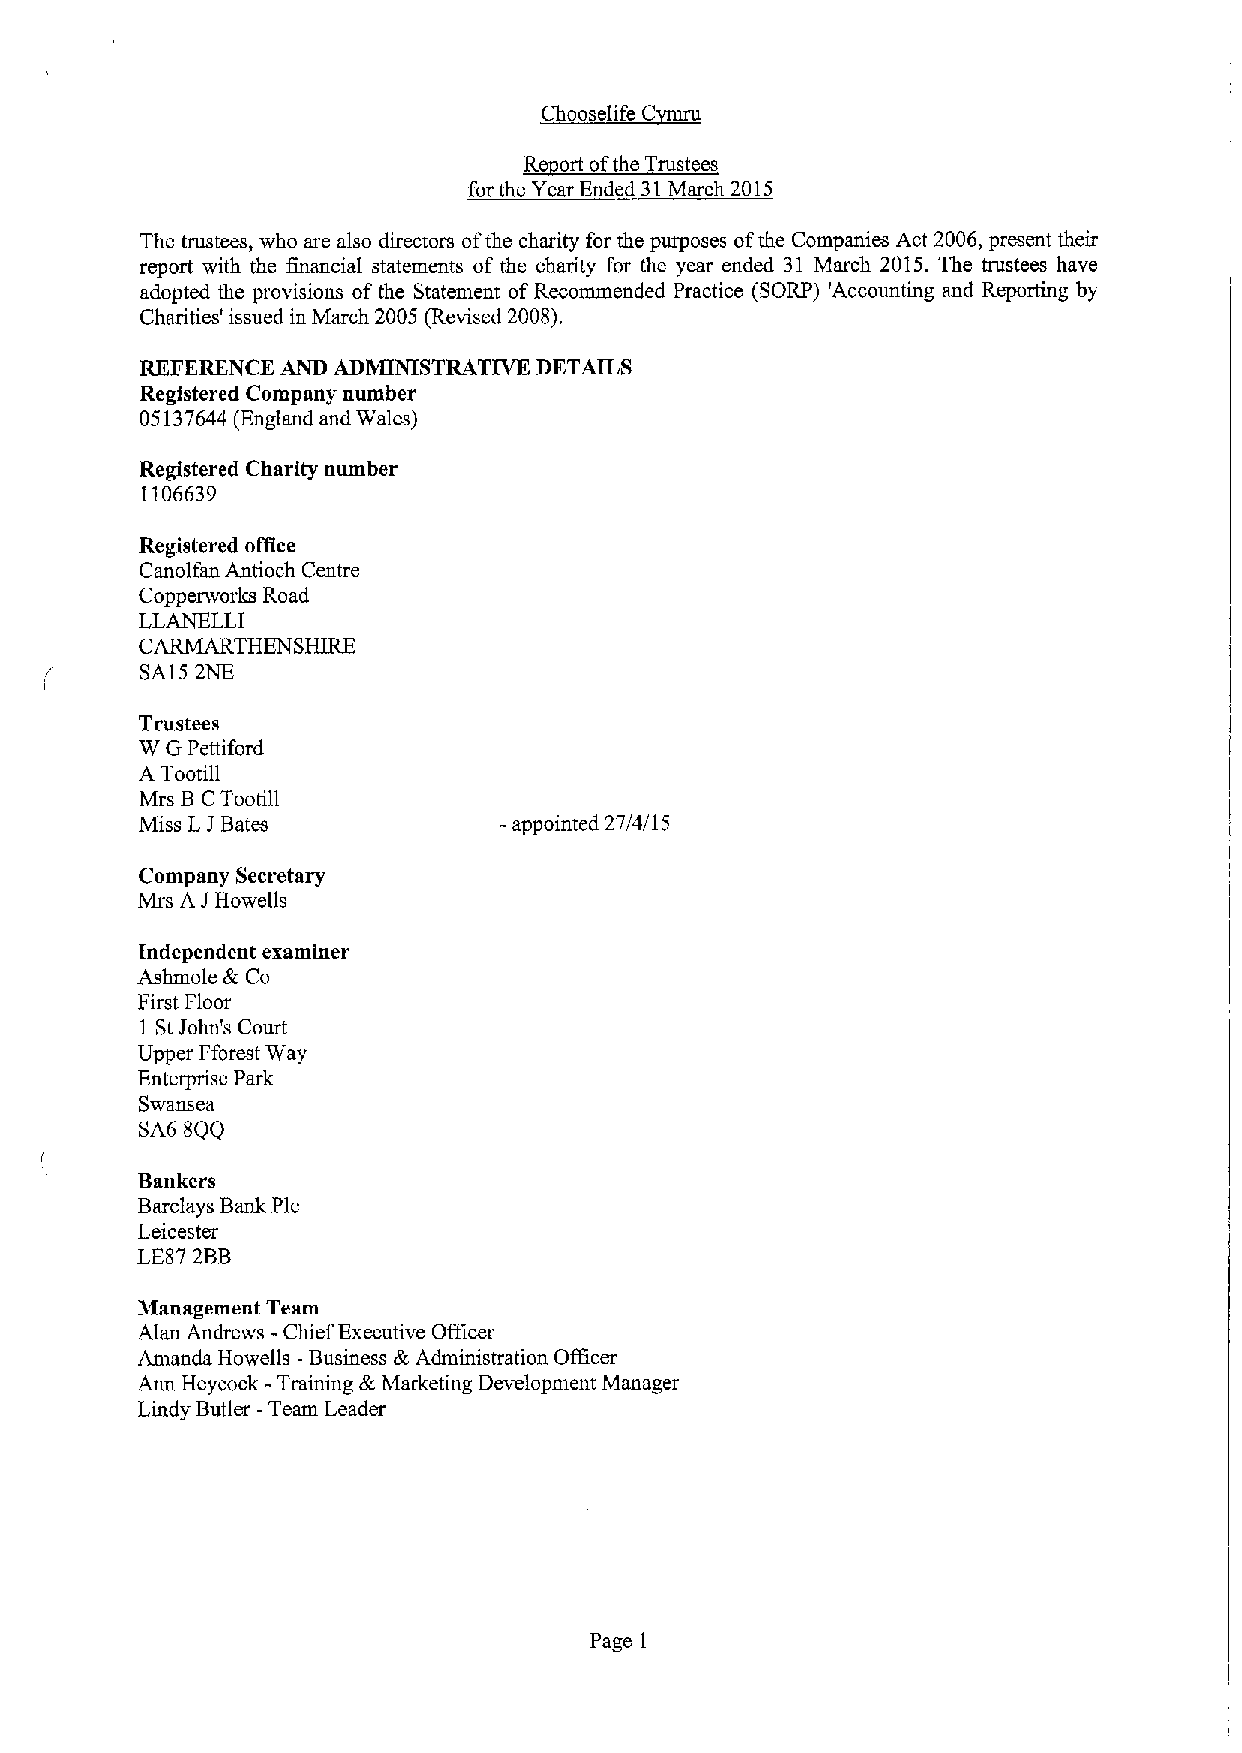
ut
 C
 Re ort ofthe Trustees
 for the Year Ended 31March 2015
 The trustees, who are also directors ofthe charity for the purposes ofthe Companies Act 2006, present their
 report with the financial statements of the charity for the year ended 31 March 2015. The trustees have
 adopted the provisions of the Statement ofRecommended Practice (SORP) 'Accounting and Reporting by
 Charities' issued in March 2005 (Revised 2008).
 RKFKRKNCK AND ADMINISTRATIVE DKTAILS
 Registered Company number
 05137644(England and Wales)
 Registered Charity number
 1106639
 Registered ofHce
 Canolfan Antioch Centre
 Copperworks Road
 LLANELLI
 C~THENSHIRE
 SA15 2NE
 Trustees
 W GPettiford
 A Tootill
 Mrs BCTootill
 Miss LJBates            -appointed 27/4/15
 Company Secretary
 Mrs A JHowells
 Independent examiner
 Ashmole &Co
 First Floor
 1 StJohn's Court
 Upper Fforest Way
 Enterprise Park
 Swansea
 SA6 8QQ
 Bankers
 Bsrclays Bank Pic
 Leicester
 LE87 2BB
 Management Team
 Alan Andrews -Chief Executive Officer
 Amanda Howells -Business &Administration Officer
 Ann Heycock -Training &Marketing Development Manager
 Lindy Butler -Team Leader
 Page 1